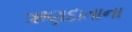
ઋણદાતાના